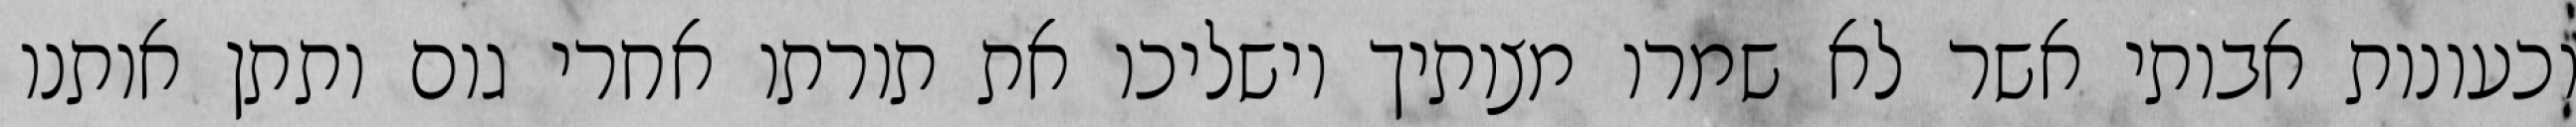
וכעונות אבותי אשר לא שמרו מצותיך וישליכו את תורתו אחרי גום ותתן אותנו